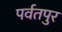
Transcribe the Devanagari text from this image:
पर्वतपुर